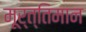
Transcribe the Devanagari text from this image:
मूर्त्तिमान